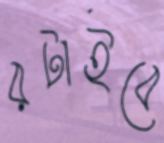
রটাইবে